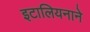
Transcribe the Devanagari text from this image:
इटालियनाने